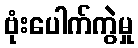
ဗုံးပေါက်ကွဲမှု